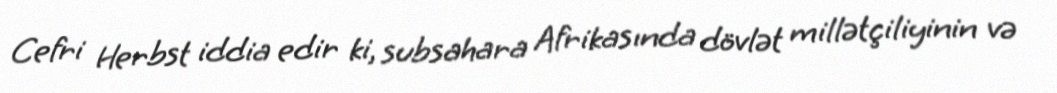
Cefri Herbst iddia edir ki, subsahara Afrikasında dövlət millətçiliyinin və